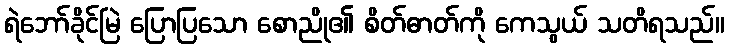
ရဲဘော်ခိုင်မြဲ ပြောပြသော စောညို၏ စိတ်ဓာတ်ကို ကေသွယ် သတိရသည်။